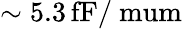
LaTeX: \sim 5.3\, \mathrm{fF/\ mum}